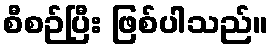
စီစဉ်ပြီး ဖြစ်ပါသည်။